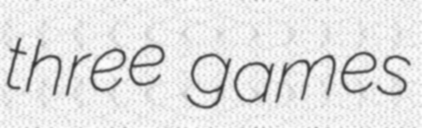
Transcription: three games